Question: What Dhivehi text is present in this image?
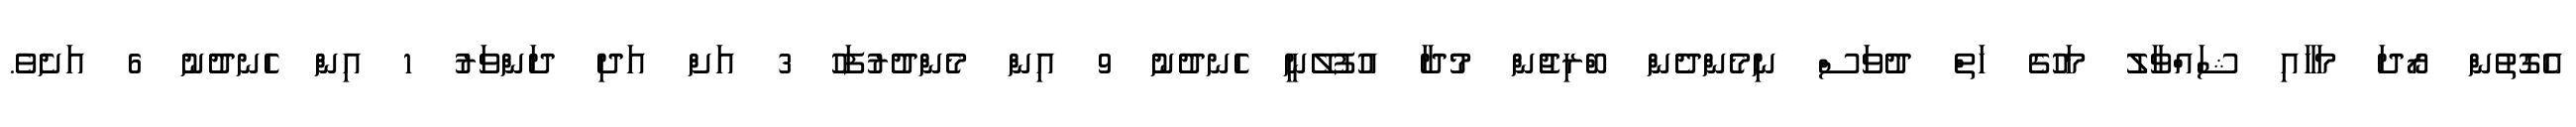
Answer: އެގޮތުން ރޯދަ މަހާއި ޝައްވާލު މަހުގެ ހަތް ދުވަސް ނިމެންދެން ބްރިޖުން މުދާ އުފުލޭނީ ހެނދުނު 9 އިން މެންދުރުފަހު 3 އަށް އަދި ދަންވަރު 1 އިން ހެނދުނު 6 އަށެވެ.